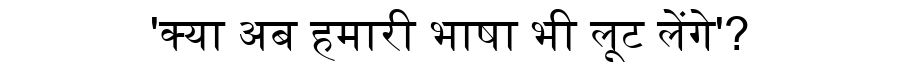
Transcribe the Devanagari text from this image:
'क्या अब हमारी भाषा भी लूट लेंगे'?